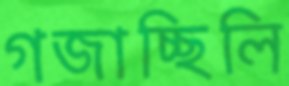
গজাচ্ছিলি